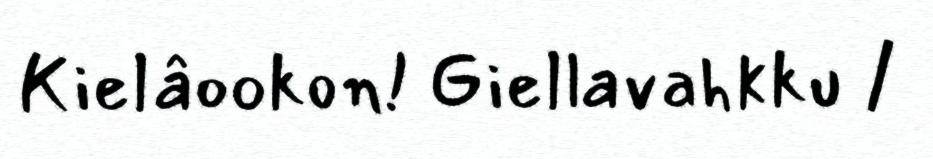
Kielâookon! Giellavahkku /